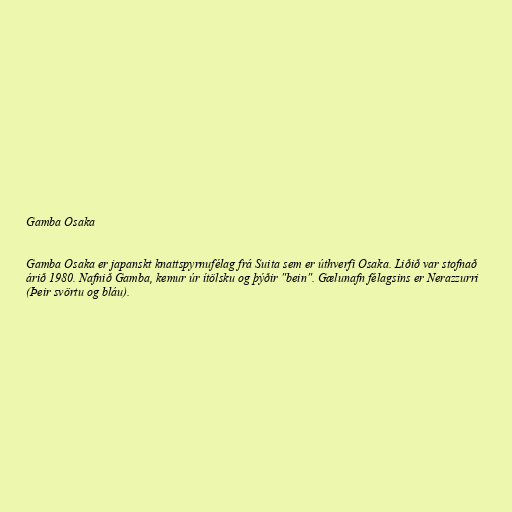
Gamba Osaka

Gamba Osaka er japanskt knattspyrnufélag frá Suita sem er úthverfi Osaka. Liðið var stofnað
árið 1980. Nafnið Gamba, kemur úr ítölsku og þýðir "bein". Gælunafn félagsins er Nerazzurri
(Þeir svörtu og bláu).